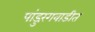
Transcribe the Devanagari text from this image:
पांडुरंगवाडीत